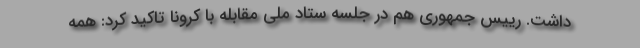
داشت. رییس جمهوری هم در جلسه ستاد ملی مقابله با کرونا تاکید کرد: همه